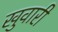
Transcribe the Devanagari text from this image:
खुवारी